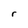
Character: r